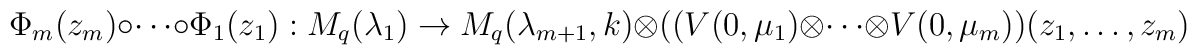
\Phi_{m}(z_{m})\circ\cdots\circ\Phi_{1}(z_{1}):M_{q}(\lambda_{1})\rightarrow M_{q}(\lambda_{m+1},k)\otimes ((V(0,\mu_{1})\otimes\cdots\otimes V(0,\mu_{m}))(z_{1},\ldots ,z_{m})